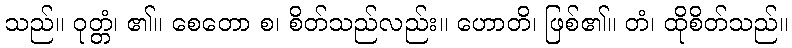
သည်။ ဝုတ္တံ၊ ၏။ စေတော စ၊ စိတ်သည်လည်း။ ဟောတိ၊ ဖြစ်၏။ တံ၊ ထိုစိတ်သည်။